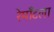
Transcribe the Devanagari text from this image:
रेमाँटला